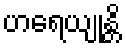
ဟရေယျုန္တိ